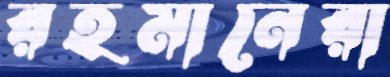
রহমানেরা